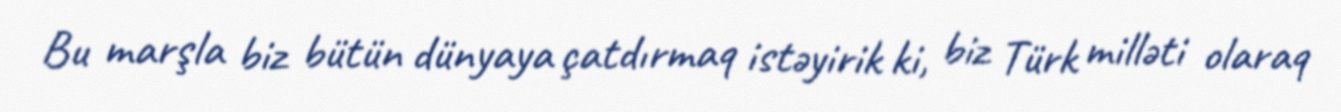
Bu marşla biz bütün dünyaya çatdırmaq istəyirik ki, biz Türk milləti olaraq